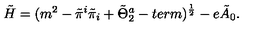
\tilde { H } = ( m ^ { 2 } - \tilde { \pi } ^ { i } \tilde { \pi } _ { i } + \tilde { \Theta } _ { 2 } ^ { a } - t e r m ) ^ { { \frac { 1 } { 2 } } } - e \tilde { A } _ { 0 } .